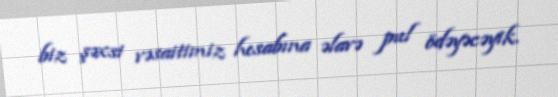
biz şəxsi vəsaitimiz hesabına əlavə pul ödəyəcəyik.